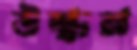
উন্ধন